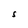
Character: S